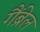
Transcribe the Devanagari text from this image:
गैंब्रेल